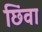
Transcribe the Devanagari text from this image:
छिंवा